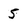
Character: 5